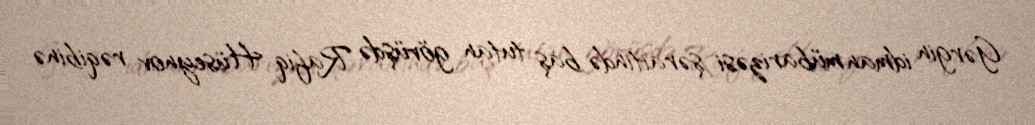
Gərgin idman mübarizəsi şəraitində baş tutan görüşdə Rafiq Hüseynov rəqibinə